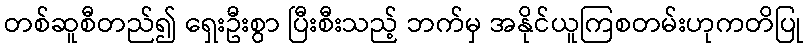
တစ်ဆူစီတည်၍ ရှေးဦးစွာ ပြီးစီးသည့် ဘက်မှ အနိုင်ယူကြစတမ်းဟုကတိပြု